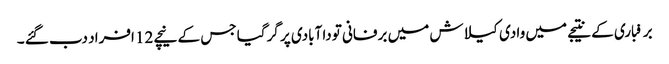
برفباری کے نتیجے میں وادی کیلاش میں برفانی تودا آبادی پر گرگیا جس کے نیچے 12 افراد دب گئے ۔